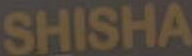
SHISHA